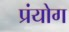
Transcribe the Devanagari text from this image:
प्रंयोग